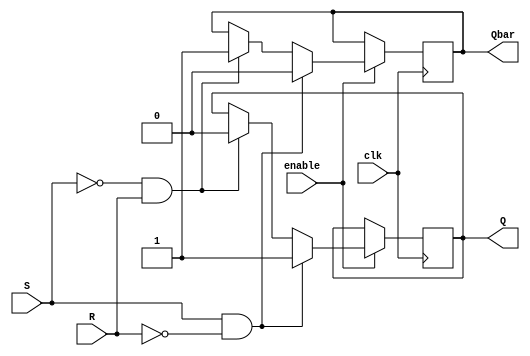
module gated_sr_ff (
    input S,  // Set input
    input R,  // Reset input
    input clk, // Clock input
    input enable, // Enable input
    output reg Q, // Output
    output reg Qbar // Complement Output
);

always @(posedge clk) begin
    if (enable) begin
        if (S && !R) begin
            Q <= 1;
            Qbar <= 0;
        end else if (!S && R) begin
            Q <= 0;
            Qbar <= 1;
        end else begin
            Q <= Q;
            Qbar <= Qbar;
        end
    end
end

endmodule